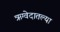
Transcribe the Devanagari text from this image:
ऋग्वेदातल्या